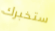
ستخبرك